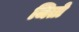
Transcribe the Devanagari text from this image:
जितो